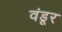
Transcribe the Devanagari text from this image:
वंडूर